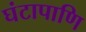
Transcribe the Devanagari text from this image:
घंटापाणि